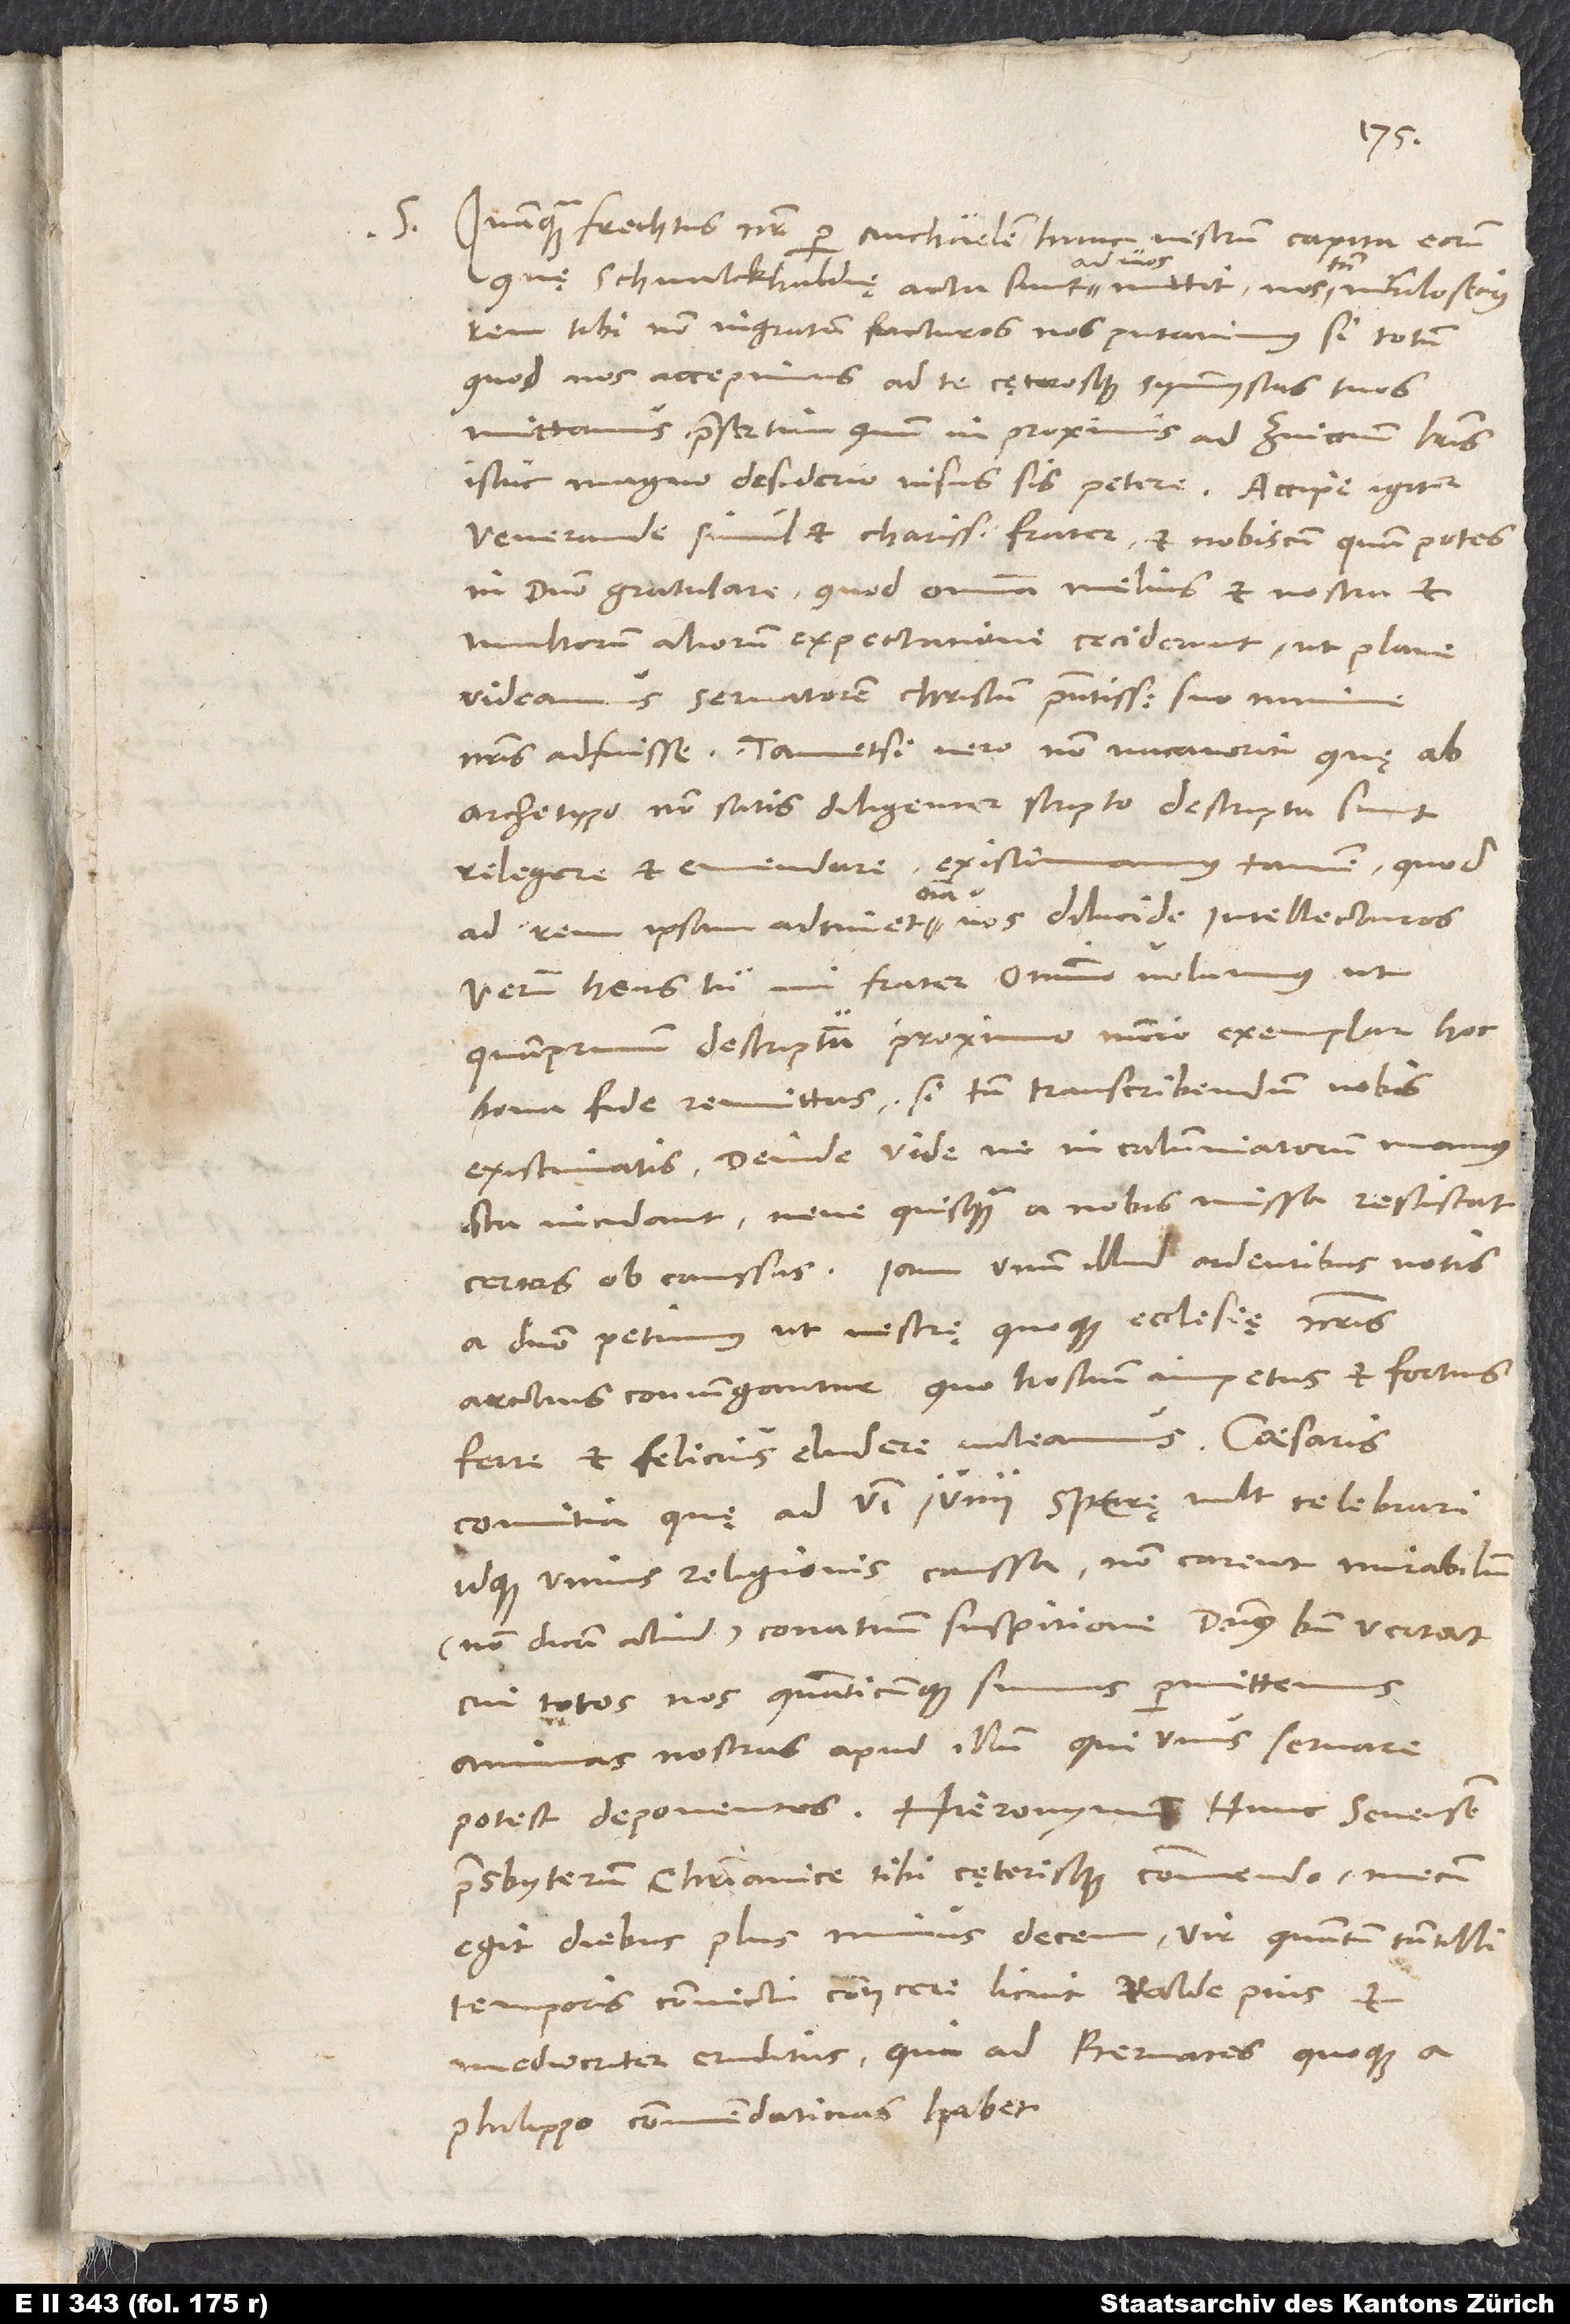
17.
S. Quamquam Frechtus noster per Michaelem hunc vestrum capita eorum,
ad vos
quę Schmalckhaldię acta sunt, ad vos mittit, nos tamen nihilosecius
rem tibi non ingratam facturos nos putavimus, si totum,
quod nos accepimus, ad te cęterosque symmystas tuos
mittamus, pręsertim, quum in proximis ad Zviccium literis
istuc magno desiderio visus sis petere. Accipe igitur,
venerande simul et charissime frater, et nobiscum, quam potes,
in domino gratulare, quod omnia melius et nostra et
multorum aliorum expectatione ceciderunt, ut plane
videamus servatorem Christum praesentissimo suo numine
nostris adfuisse. Tametsi vero non vacaverit, quę ab
archetypo non satis diligenter scripto descripta sunt,
relegere et emendare, existimamus tamen, quod
omnia
ad rem ipsam adtinet, omnia vos dilucide intellecturos.
Verum, heus tu mi frater, omnino volumus, ut
quamprimum descriptum proximo nuncio exemplar hoc
bona fide remittas, si tamen transcribendum vobis
existimatis. Deinde vide, ne in calumniatorum manus
ista incidant neve quisquam a nobis missa resciscat
certas ob caussas. Iam unum illud ardentibus votis
a domino petimus, ut vestrę quoque ecclesię nostris
arctius coniungantur, quo hostium impetus et fortius
ferre et felicius eludere valeamus.
comitia, quę ad 6. iunii Spirę vult celebrari
idque unius religionis caussa, non carent mirabilium
cui totos nos, quanticumque sumus, permittemus
animas nostras apud illum, qui unus servare
presbyterum, christianice tibi cęterisque commendo; mecum
egit diebus plus minus decem, vir, quantum tantilli
temporis convictu coniicere licuit, valde pius et
mediocriter eruditus, qui ad Bernates quoque a
Philippo commendaticias habet.